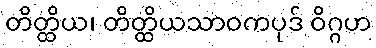
တိတ္ထိယ၊ တိတ္ထိယသာဝကပုဒ် ဝိဂ္ဂဟ